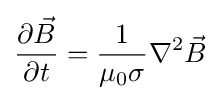
{\frac {\partial {\vec {B}}}{\partial t}}={\frac {1}{\mu _{0}\sigma }}\nabla ^{2}{\vec {B}}